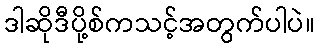
ဒါဆိုဒီပို့စ်ကသင့်အတွက်ပါပဲ။